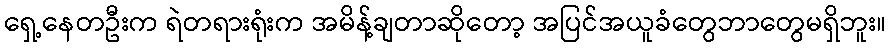
ရှေ့နေတဦးက ရဲတရားရုံးက အမိန့်ချတာဆိုတော့ အပြင်အယူခံတွေဘာတွေမရှိဘူး။